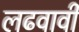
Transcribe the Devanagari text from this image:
लढवावी